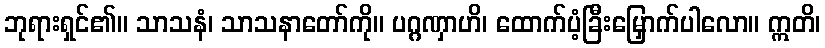
ဘုရားရှင်၏။ သာသနံ၊ သာသနာတော်ကို။ ပဂ္ဂဏှာဟိ၊ ထောက်ပံ့ခြီးမြှောက်ပါလော။ ဣတိ၊